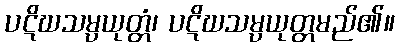
ပဋိဃသမ္ပယုတ္တံ၊ ပဋိဃသမ္ပယုတ္တမည်၏။